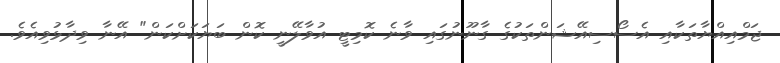
ޖަމްއިއްޔާތަކާއި އެސޯސިއޭޝަންތަކުގެ ގާނޫނުގައި ވާނެ ކޮމިޓީ އުވާލޭނީ ކޮން ބަޔަކަށްކަން" އޭނާ ވިދާޅުވިއެވެ.